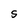
Character: S